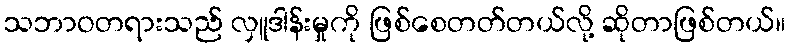
သဘာဝတရားသည် လှူဒါန်းမှုကို ဖြစ်စေတတ်တယ်လို့ ဆိုတာဖြစ်တယ်။